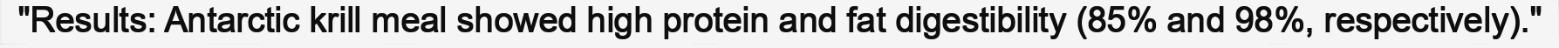
"Results: Antarctic krill meal showed high protein and fat digestibility (85% and 98%, respectively)."